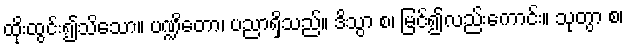
ထိုးထွင်း၍သိသော။ ပဏ္ဍိတော၊ ပညာရှိသည်။ ဒိသွာ စ၊ မြင်၍လည်းကောင်း။ သုတွာ စ၊